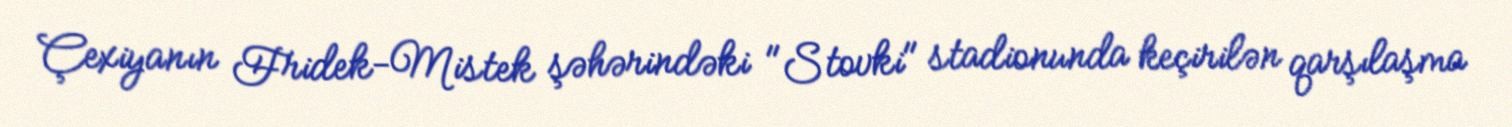
Çexiyanın Fridek-Mistek şəhərindəki "Stovki" stadionunda keçirilən qarşılaşma